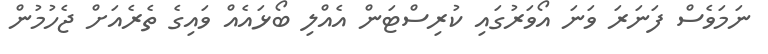
ނަމަވެސް ފަނަރަ ވަނަ އޯވަރުގައި ކުރިސްޓަން އެއްލި ބޯޅައެއް ވައިގެ ތެރެއަށް ޖެހުމުން